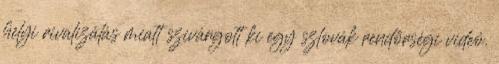
helyi rivalizálás miatt szivárgott ki egy szlovák rendőrségi videó.